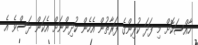
ހާއްސަކޮށް މި ފަދަ ކުދިންގެ ފަރާތުން އެހެން ކުދިންނަށް އެކަން ދަސްވެ އެ